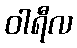
ဝါရီလ